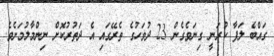
ގައްބެ ލަފާ ކުރަނީ ގިނަވެގެން 23 ދުވަހުގެ ތެރޭގައި އެ ދަތުރުކޮށް ނިންމާލުމަށެވެ.